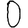
Digit: 0